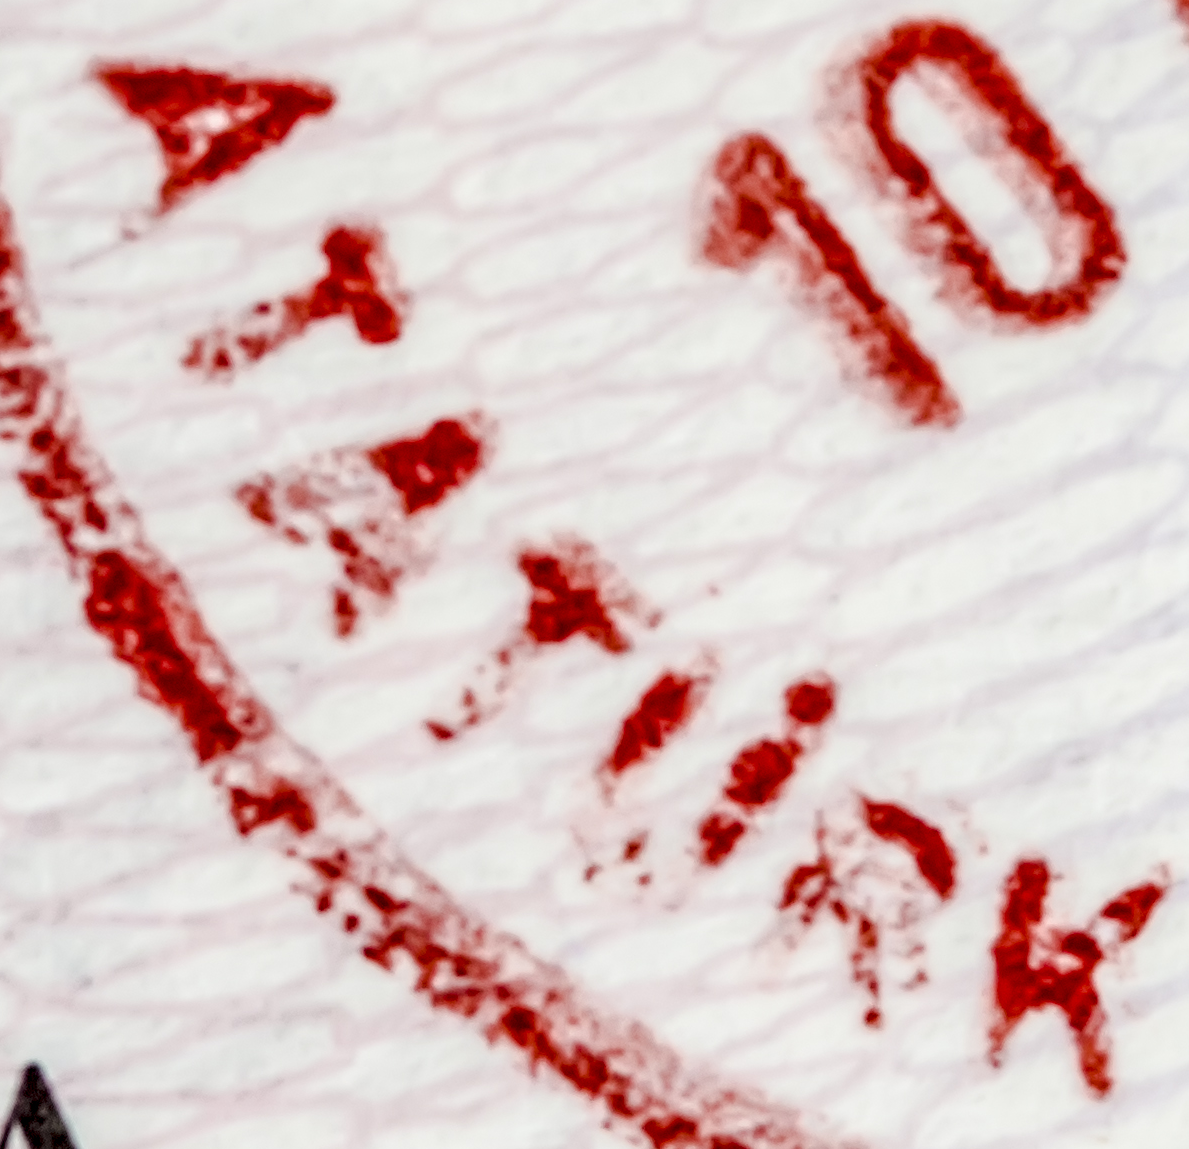
ATATURK